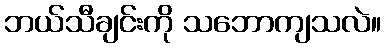
ဘယ်သီချင်းကို သဘောကျသလဲ။